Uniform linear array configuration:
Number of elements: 24
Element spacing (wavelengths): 0.5
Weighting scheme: cosine
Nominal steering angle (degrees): -45
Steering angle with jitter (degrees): -44.09
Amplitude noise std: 0.05
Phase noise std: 0.05

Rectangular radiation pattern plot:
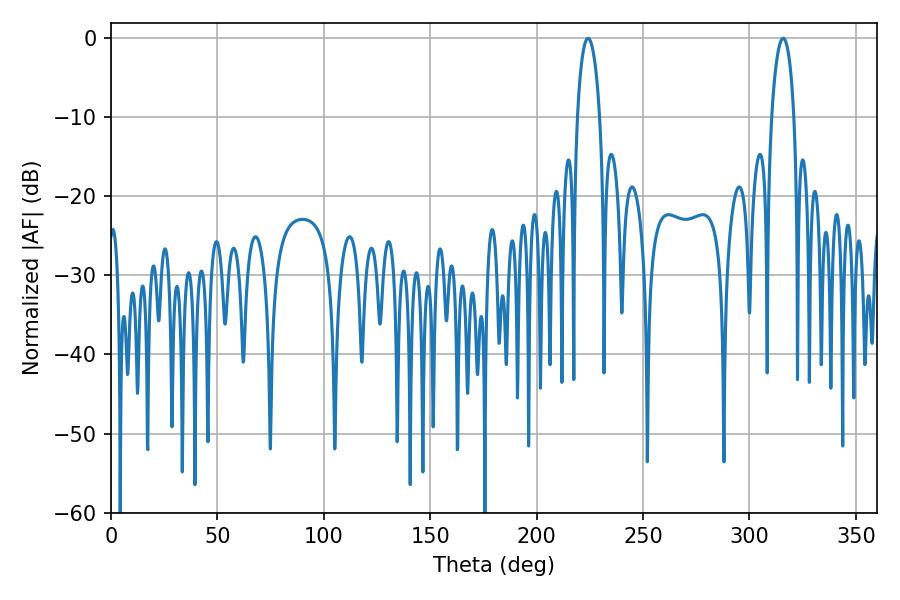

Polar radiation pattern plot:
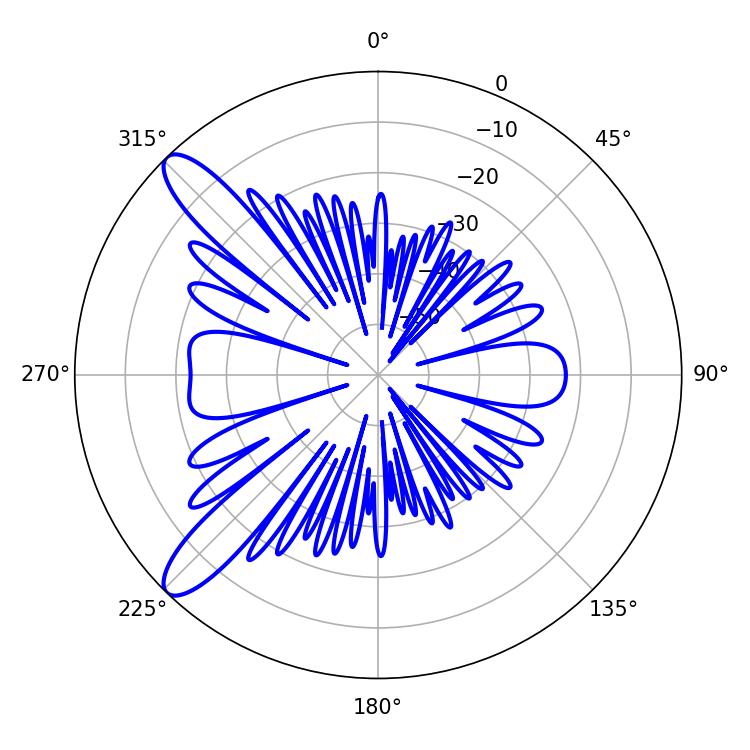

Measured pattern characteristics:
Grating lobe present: FALSE
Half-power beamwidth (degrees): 5.94
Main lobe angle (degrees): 224.1